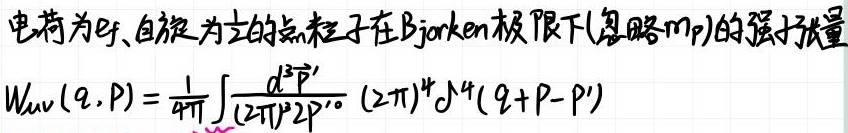
电荷为$e_f$、自旋为$\frac{1}{2}$的点粒子在Bjorken极限下(忽略$m_p$)的强子张量
\[
W_{\mu\nu}(q,P)=\frac{1}{4\pi}\int\frac{d^3\vec{P}'}{(2\pi)^32P'^0}(2\pi)^4\delta^4(q + P - P')
\]